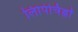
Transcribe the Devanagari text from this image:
लिपिचिह्नों